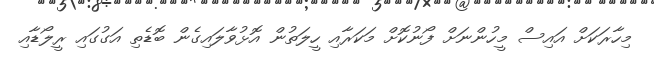
މިހާރަކަށް އައިސް މީހުންނަށް ފޯނުކޮށް މަކަރާއި ހީލަތުން އޮޅުވާލައިގެން ބޮޑެތި އަގުގައި ރީލޯޑާއި